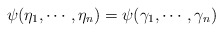
\begin{align*}\psi(\eta_1, \cdots, \eta_n) = \psi(\gamma_1, \cdots,\gamma_n)\end{align*}